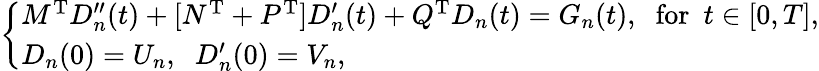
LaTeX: \begin{array}{r}{\left\{ \begin{array}{lc}{M^{\textrm{T}}D_{n}^{\prime\prime}(t)+[N^{\textrm{T}}+P^{\textrm{\textrm{T}}}]D_{n}^{\prime}(t)+Q^{\textrm{T}}D_{n}(t)=G_{n}(t),\; \; \mathrm{for}\ \ t\in[0,T],}\\ {D_{n}(0)=U_{n},\; \; D_{n}^{\prime}(0)=V_{n},}\end{array}\right.}\end{array}